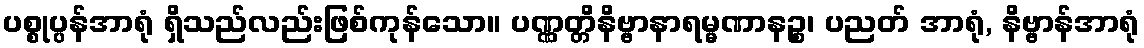
ပစ္စုပ္ပန်အာရုံ ရှိသည်လည်းဖြစ်ကုန်သော။ ပဏ္ဏတ္တိနိဗ္ဗာနာရမ္မဏာနဉ္စ၊ ပညတ် အာရုံ, နိဗ္ဗာန်အာရုံ